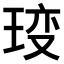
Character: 𤥥